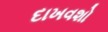
દાખવશો